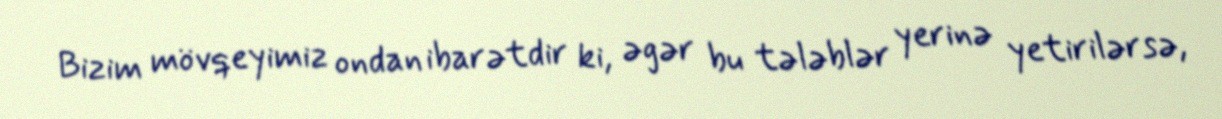
Bizim mövqeyimiz ondan ibarətdir ki, əgər bu tələblər yerinə yetirilərsə,